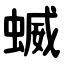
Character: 蝛